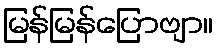
မြန်မြန်ပြောဗျာ။